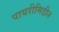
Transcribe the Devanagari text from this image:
पायरीमिडीन